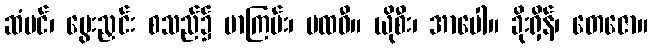
ဆံပင်၊ မွေးညှင်း စသည်၌ မာကြမ်း၊ ပထဝီ။ ယိုစီး၊ အာပေါ။ ခိုးရှိန်၊ တေဇော။